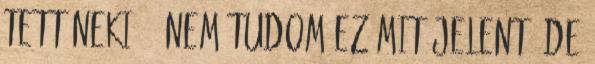
tett neki. : Nem tudom ez mit jelent, de